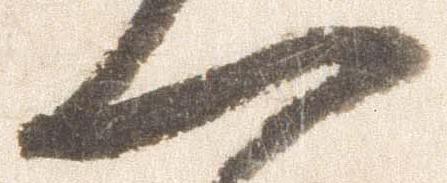
一